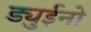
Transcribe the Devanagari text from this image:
ड्युईनो